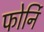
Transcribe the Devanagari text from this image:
फोर्नि